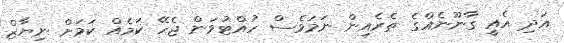
އަދި އެއީ ގާނޫނެއްގެ ތެރެއިން ނަމަވެސް ހުއްޓުވަން ޖެހޭ ކަމެއް ކަމަށް ނިޔާޒް